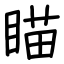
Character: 瞄